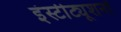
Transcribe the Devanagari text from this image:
इंस्टीट्यूशनों